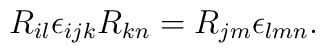
R_{il} \epsilon_{ijk} R_{kn} = R_{jm} \epsilon_{lmn}.